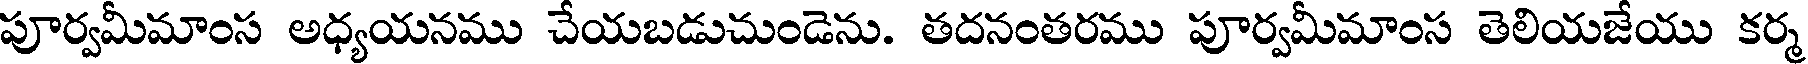
పూర్వమీమాంస అధ్యయనము చేయబడుచుండెను. తదనంతరము పూర్వమీమాంస తెలియజేయు కర్మ